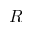
\cal { R }